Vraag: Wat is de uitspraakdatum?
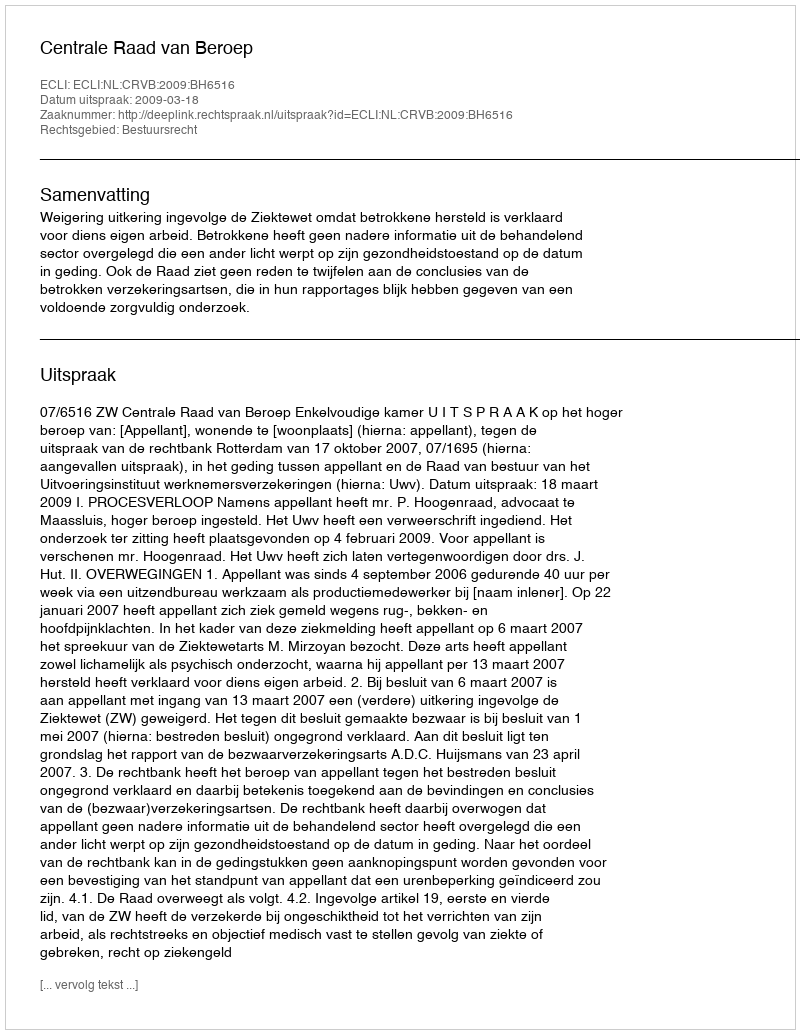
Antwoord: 2009-03-18